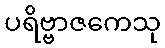
ပရိဗ္ဗာဇကေသု